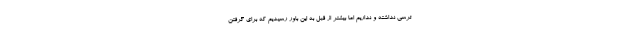
ترسی نداشته و نداریم اما بیشتر از قبل به این باور رسیدیم که برای گرفتن